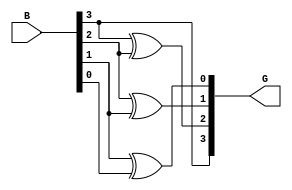
module binary_2_gray(G,B);
input [3:0]B;
output [3:0]G;
assign G[3]=B[3];
assign G[2]=B[3]^B[2];
assign G[1]=B[2]^B[1];
assign G[0]=B[1]^B[0];

endmodule